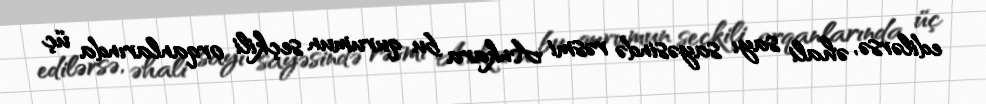
edilərsə, əhali sayı sayəsində rəsmi Ankara bu qurumun seçkili orqanlarında üç